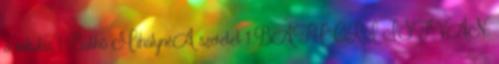
a mikulás 1 Bathó MihálynéA szeretet 1 BÁTHORI ISTVÁN: